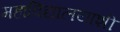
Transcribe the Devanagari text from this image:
महाविद्यालयाशी